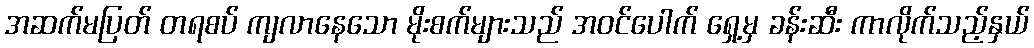
အဆက်မပြတ် တရစပ် ကျလာနေသော မိုးစက်များသည် အဝင်ပေါက် ရှေ့မှ ခန်းဆီး ကာလိုက်သည့်နှယ်